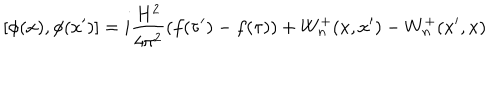
[ \phi ( x ) , \phi ( x ^ { \prime } ) ] = i \frac { H ^ { 2 } } { 4 \pi ^ { 2 } } ( f ( \tau ^ { \prime } ) - f ( \tau ) ) + W _ { n } ^ { + } ( x , x ^ { \prime } ) - W _ { n } ^ { + } ( x ^ { \prime } , x )